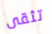
تثقى